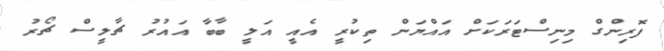
ފޮރިންގް މިނިސްޓަރަކަށް އައްޔަން ތިކުރީ އެއީ އަލީ ބާބާ އައުރު ޗާލީސް ޗޯރު